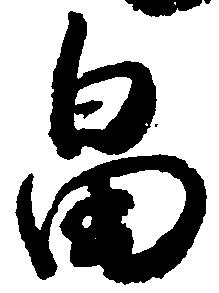
畠